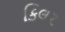
કિલર